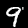
Label: 9